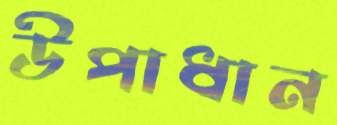
উপাধান